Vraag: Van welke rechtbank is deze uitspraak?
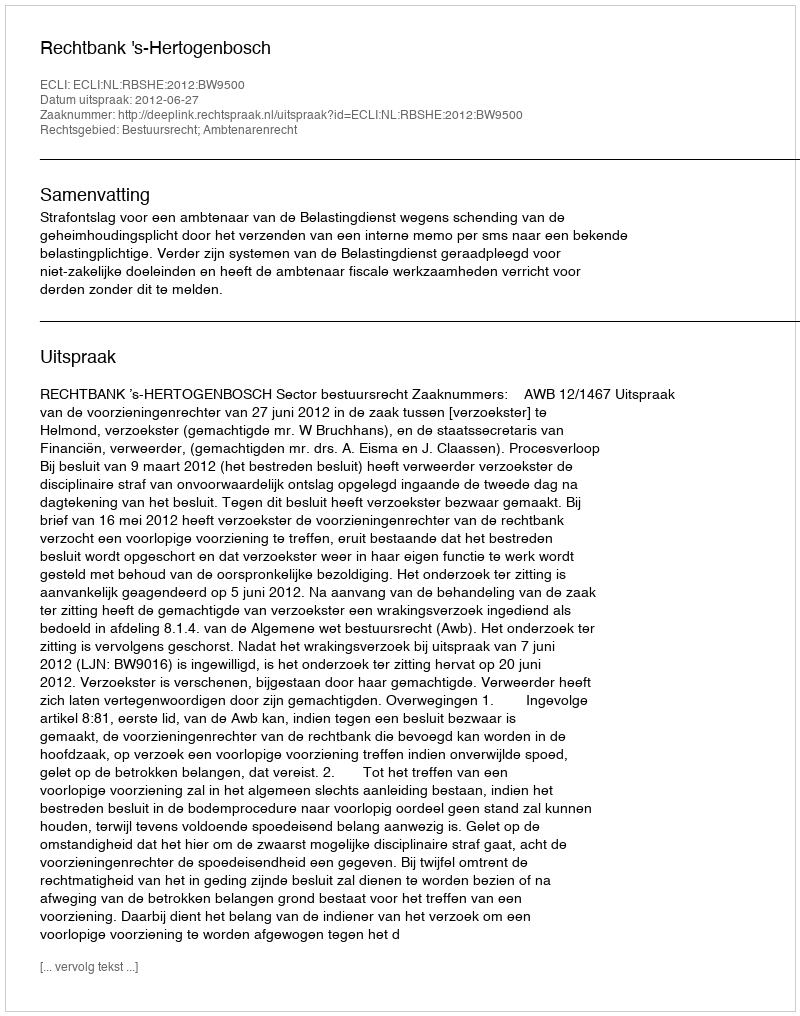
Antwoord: Rechtbank 's-Hertogenbosch